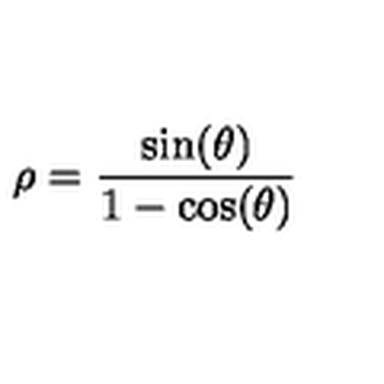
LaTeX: \rho = \frac { \sin ( \theta ) } { 1 - \cos ( \theta ) }